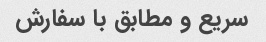
سریع و مطابق با سفارش